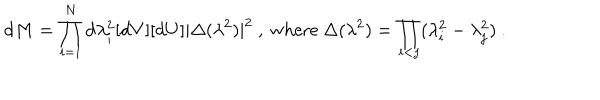
\mathrm { d } M = \prod _ { i = 1 } ^ { N } \mathrm { d } \lambda _ { i } ^ { 2 } [ \mathrm { d } V ] [ \mathrm { d } U ] | \Delta ( \lambda ^ { 2 } ) | ^ { 2 } \ , \ \mathrm { w h e r e } \ \Delta ( \lambda ^ { 2 } ) = \prod _ { i < j } ( \lambda _ { i } ^ { 2 } - \lambda _ { j } ^ { 2 } ) \ .